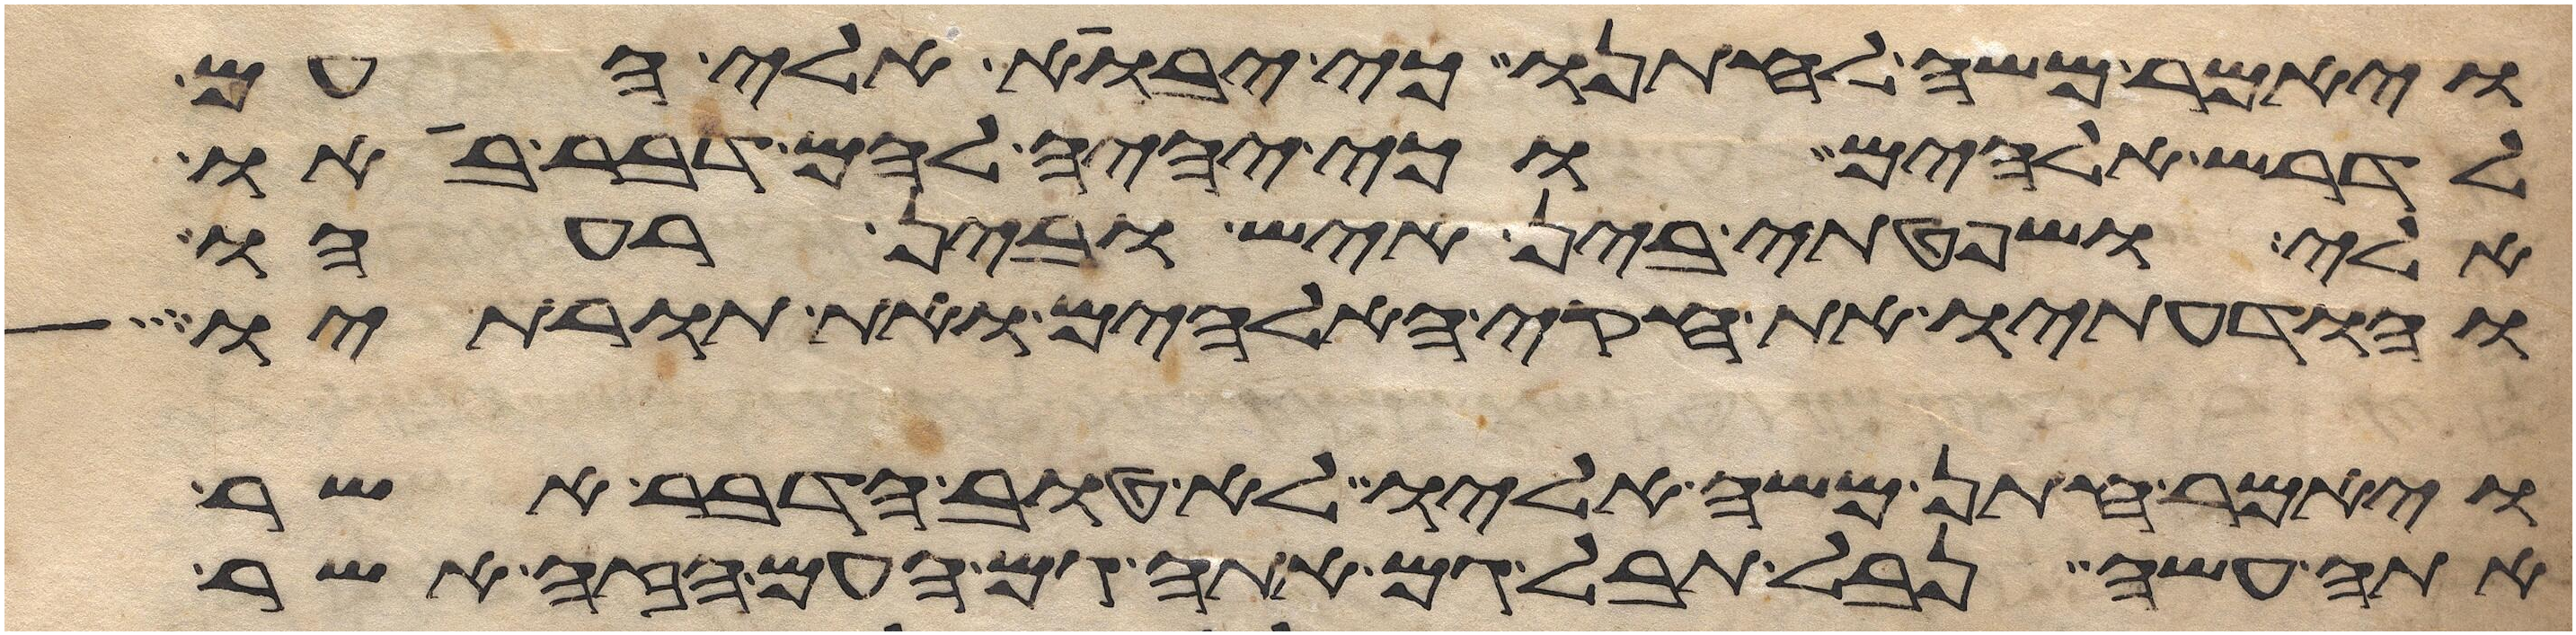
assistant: ויאמר משה לחתנו כי יבוא אלי העם
לדרש אלהים כי יהיה להם דבר בא
אלי ושפטתי בין איש ובין רעהו
והודעתיו את חקי האלהים ואת תורותיו
ויאמר חתן משה אליו לא טוב הדבר אשר
אתה עשה נבל תבל גם אתה גם העם הזה אשר